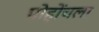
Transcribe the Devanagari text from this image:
पोहोंचला